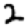
Digit: 2